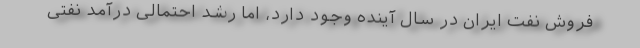
فروش نفت ایران در سال آینده وجود دارد، اما رشد احتمالی درآمد نفتی